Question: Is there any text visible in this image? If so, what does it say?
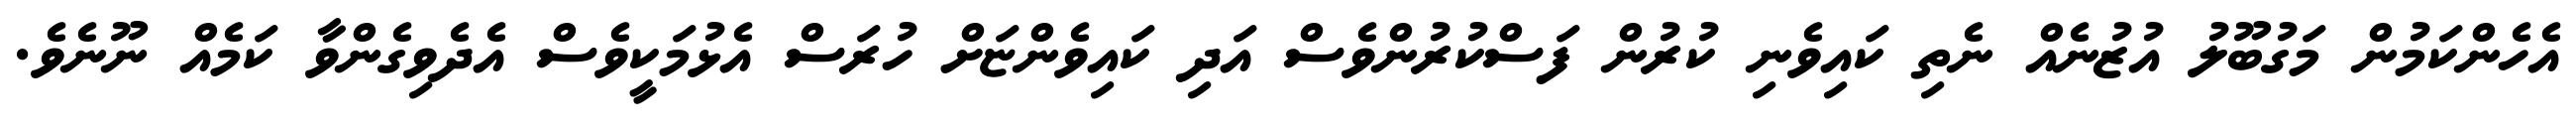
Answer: އެހެންކަމުން މަގުބޫލު އުޒުނެއް ނެތި ކައިވެނި ކުރުން ފަސްކުރުންވެސް އަދި ކައިވެންޏަށް ހުރަސް އެޅުމަކީވެސް އެދެވިގެންވާ ކަމެއް ނޫނެވެ.